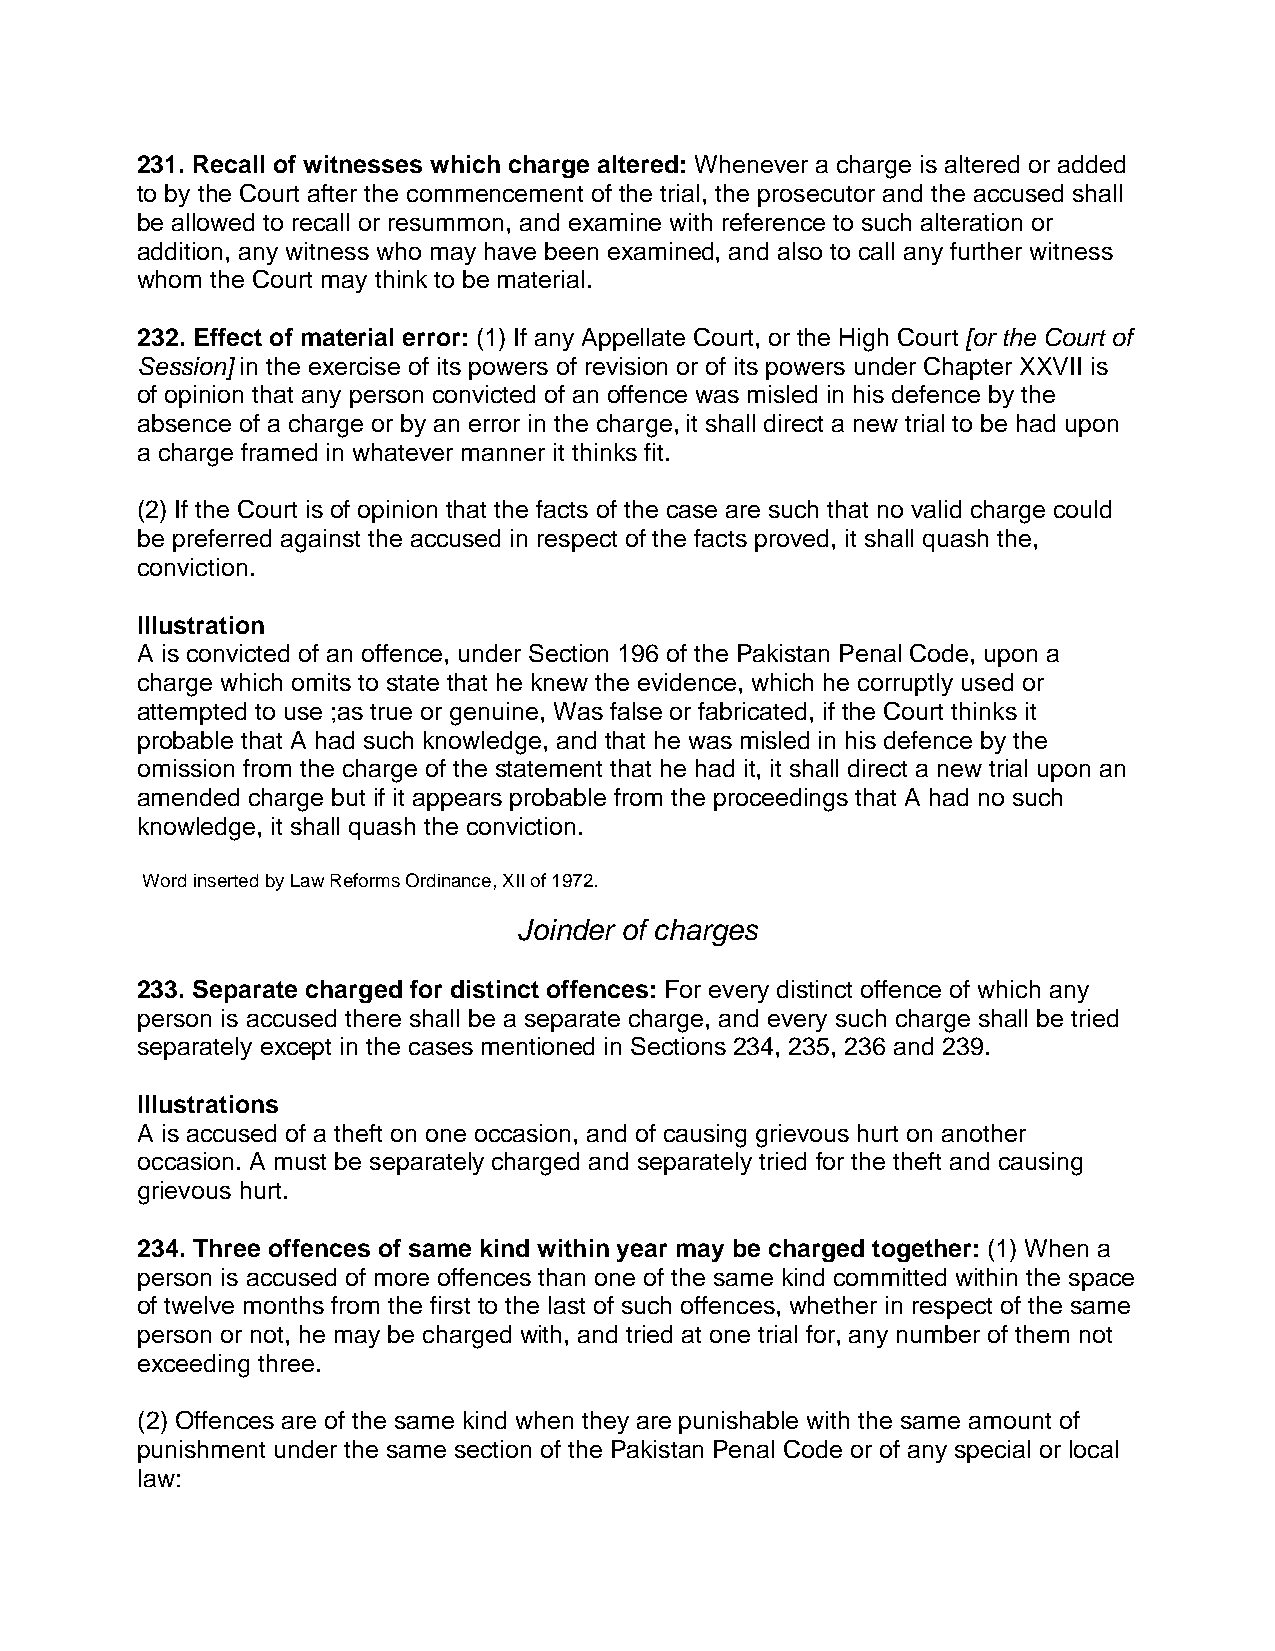
231. Recall of witnesses which charge altered: Whenever a charge is altered or added
 to by the Court after the commencement of the trial, the prosecutor and the accused shall
 be allowed to recall or resummon, and examine with reference to such alteration or
 addition, any witness who may have been examined, and also to call any further witness
 whom the Court may think to be material.
 232. Effect of material error: (1) If any Appellate Court, or the High Court [or the Court of
 Session] in the exercise of its powers of revision or of its powers under Chapter XXVII is
 of opinion that any person convicted of an offence was misled in his defence by the
 absence of a charge or by an error in the charge, it shall direct a new trial to be had upon
 a charge framed in whatever manner it thinks fit.
 (2) If the Court is of opinion that the facts of the case are such that no valid charge could
 be preferred against the accused in respect of the facts proved, it shall quash the,
 conviction.
 Illustration
 A is convicted of an offence, under Section 196 of the Pakistan Penal Code, upon a
 charge which omits to state that he knew the evidence, which he corruptly used or
 attempted to use ;as true or genuine, Was false or fabricated, if the Court thinks it
 probable that A had such knowledge, and that he was misled in his defence by the
 omission from the charge of the statement that he had it, it shall direct a new trial upon an
 amended charge but if it appears probable from the proceedings that A had no such
 knowledge, it shall quash the conviction.
 Word inserted by Law Reforms Ordinance, XII of 1972.
 Joinder of charges
 233. Separate charged for distinct offences: For every distinct offence of which any
 person is accused there shall be a separate charge, and every such charge shall be tried
 separately except in the cases mentioned in Sections 234, 235, 236 and 239.
 Illustrations
 A is accused of a theft on one occasion, and of causing grievous hurt on another
 occasion. A must be separately charged and separately tried for the theft and causing
 grievous hurt.
 234. Three offences of same kind within year may be charged together: (1) When a
 person is accused of more offences than one of the same kind committed within the space
 of twelve months from the first to the last of such offences, whether in respect of the same
 person or not, he may be charged with, and tried at one trial for, any number of them not
 exceeding three.
 (2) Offences are of the same kind when they are punishable with the same amount of
 punishment under the same section of the Pakistan Penal Code or of any special or local
 law: